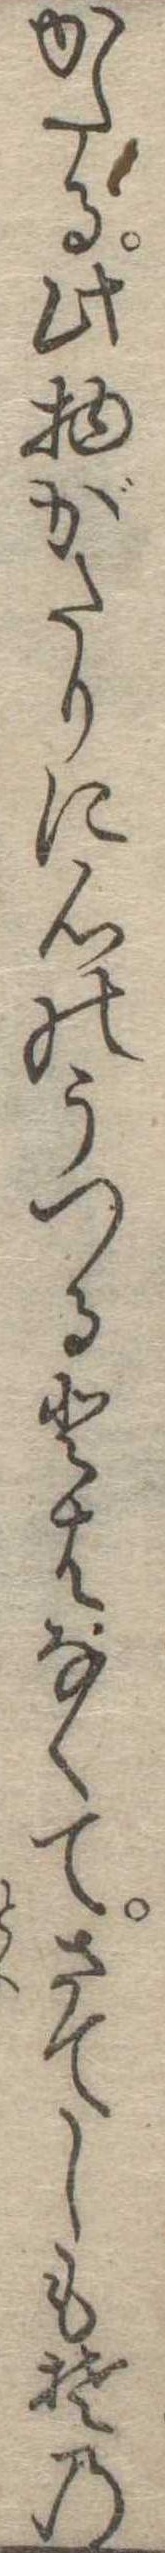
かたる此物がたりに心のうつるとはなくてさてしもその